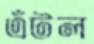
এঁটল